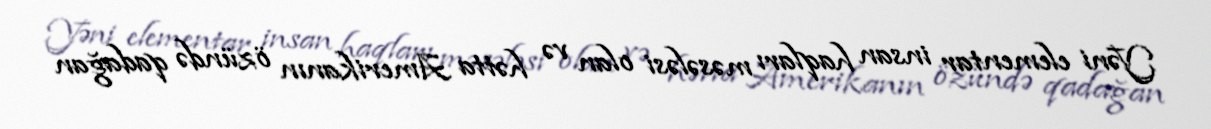
Yəni elementar insan haqları məsələsi olan və hətta Amerikanın özündə qadağan